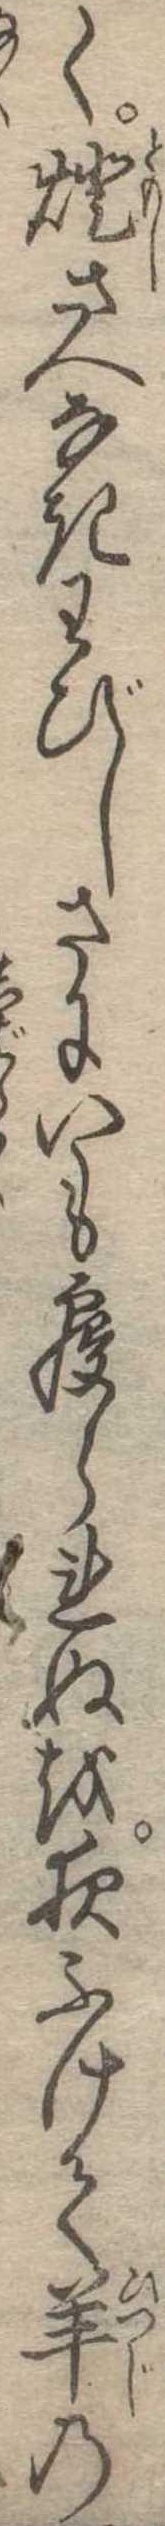
く灯さへなきわびしさにいも寝られぬを夜ふけて羊の